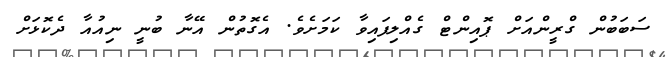
ސަބަބުން ގްރީންއަށް ޕޮއިންޓް ގެއްލިފައިވާ ކަމަށެވެ. އެގޮތުން އޭނާ ބުނީ ނިއުއާ ދެކޮޅަށް